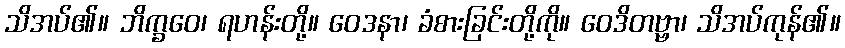
သိအပ်၏။ ဘိက္ခဝေ၊ ရဟန်းတို့။ ဝေဒနာ၊ ခံစားခြင်းတို့ကို။ ဝေဒိတဗ္ဗာ၊ သိအပ်ကုန်၏။